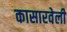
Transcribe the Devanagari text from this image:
कासारवेली